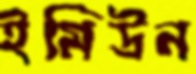
ইমিউন